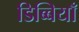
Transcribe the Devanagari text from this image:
डिब्बियाँ